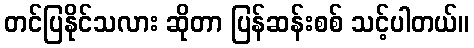
တင်ပြနိုင်သလား ဆိုတာ ပြန်ဆန်းစစ် သင့်ပါတယ်။